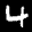
Label: 4